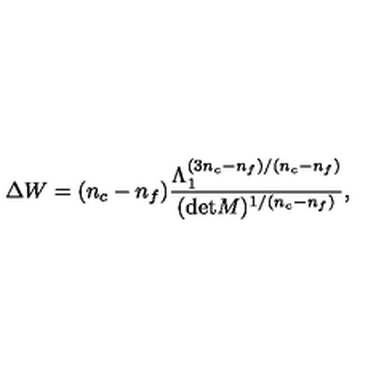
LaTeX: \Delta W = ( n _ { c } - n _ { f } ) \frac { \Lambda _ { 1 } ^ { ( 3 n _ { c } - n _ { f } ) / ( n _ { c } - n _ { f } ) } } { ( \mathrm { d e t } M ) ^ { 1 / ( n _ { c } - n _ { f } ) } } ,